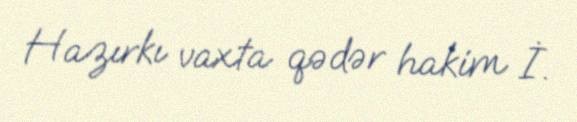
Hazırkı vaxta qədər hakim İ.